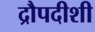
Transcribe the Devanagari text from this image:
द्रौपदीशी